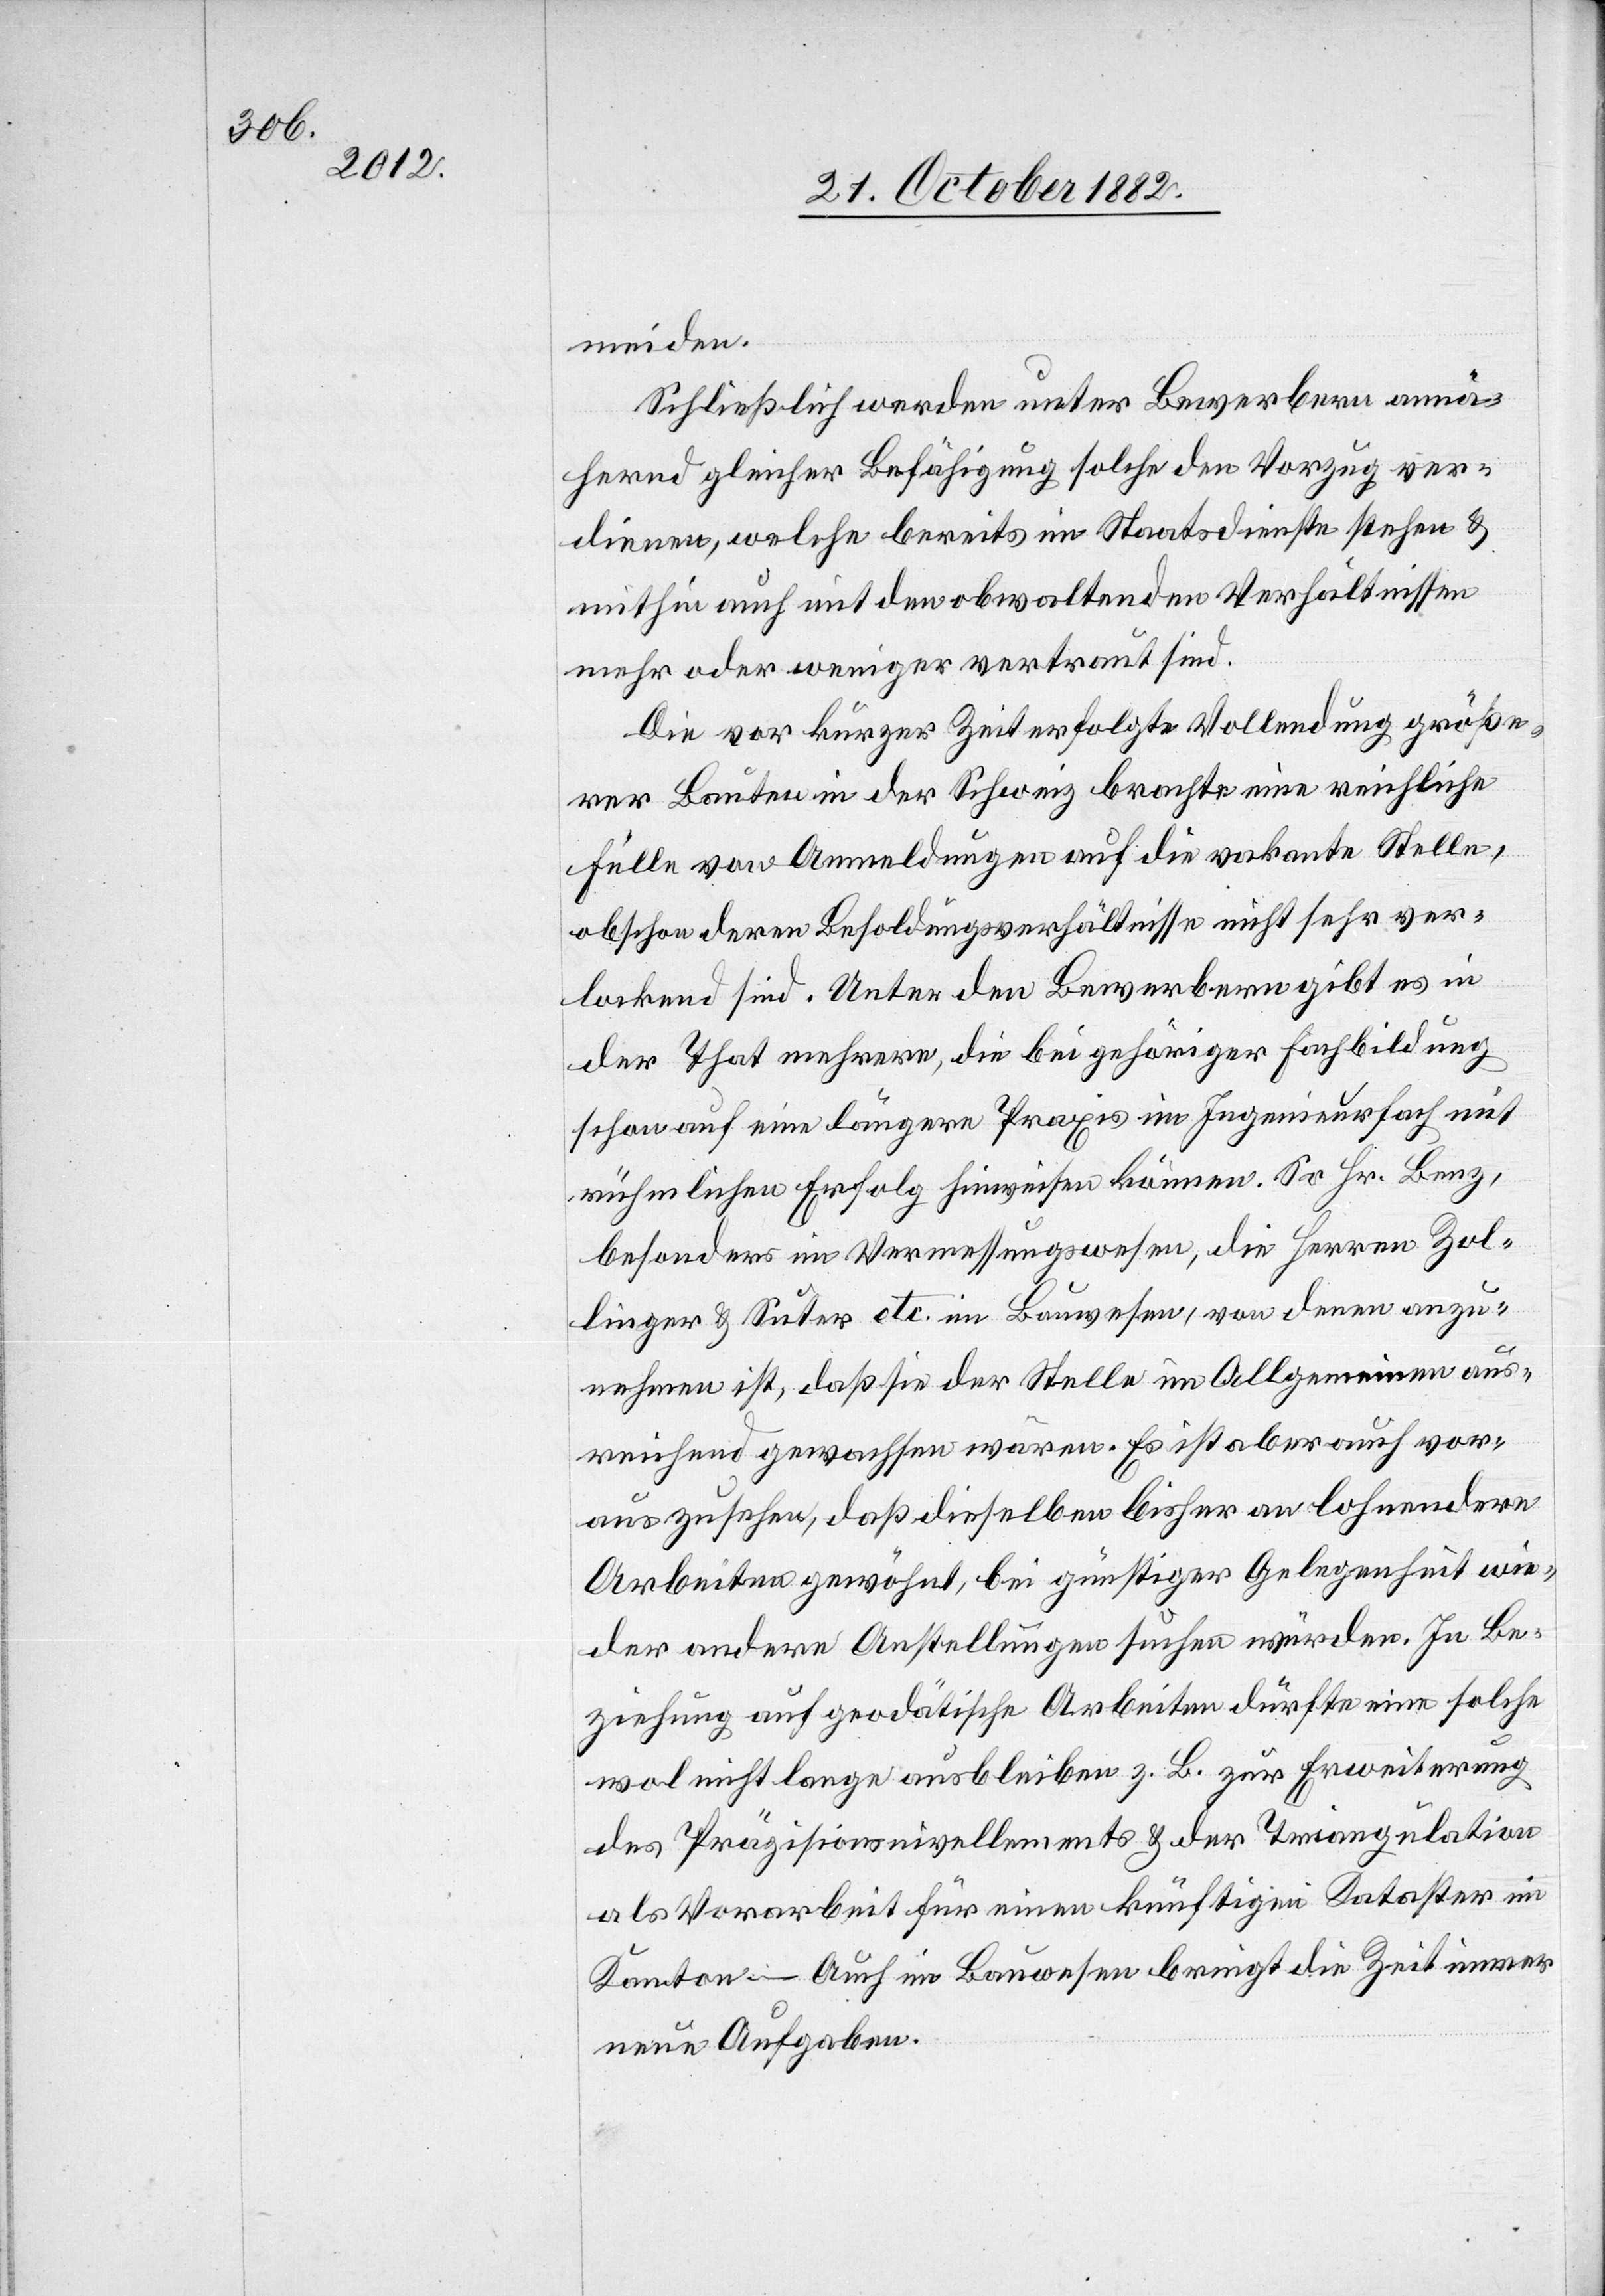
meiden.
Schließlich werden unter Bewerbern annä¬
hernd gleicher Befähigung solche den Vorzug ver¬
dienen, welche bereits im Staatsdienste stehen &
mithin auch mit den obwaltenden Verhältnissen
mehr oder weniger vertraut sind.
Die vor kurzer Zeit erfolgte Vollendung größe¬
rer Bauten in der Schweiz brachte eine reichliche
Fülle von Anmeldungen auf die vakante Stelle,
obschon deren Besoldungsverhältnisse nicht sehr ver¬
lockend sind. Unter den Bewerbern gibt es in
der That mehrere, die bei gehöriger Fachbildung
schon auf eine längere Praxis im Ingenieurfach mit
rühmlichen [sic!] Erfolg hinweisen können. So Hr. Benz,
besonders im Vermessungswesen, die Herren Zol¬
linger & Suter etc. im Bauwesen, von denen anzu¬
nehmen ist, daß sie der Stelle im Allgemeinen aus¬
reichend gewachsen wären. Es ist aber auch vor¬
auszusehen, daß dieselben bisher an lohnendere
Arbeiten gewöhnt, bei günstiger Gelegenheit wie¬
der andere Anstellungen suchen würden. In Be¬
ziehung auf geodätische Arbeiten dürfte eine solche
wol nicht lange ausbleiben z. B. zur Erweiterung
des Präzisionsnivellements & der Triangulation
als Vorarbeit für einen künftigen Kataster im
Kanton. – Auch im Bauwesen bringt die Zeit immer
neue Aufgaben.